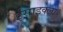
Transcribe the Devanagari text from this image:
ईसाइक्ला